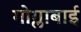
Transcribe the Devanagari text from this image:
गोग्लाबाई